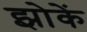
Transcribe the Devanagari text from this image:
झोकें